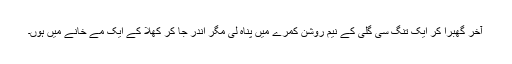
آخر گھبرا کر ایک تنگ سی گلی کے نیم روشن کمرے میں پناہ لی مگر اندر جا کر کُھلا کے ایک مے خانے میں ہوں۔